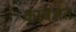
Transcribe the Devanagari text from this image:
कावेअत